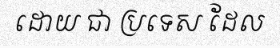
ដោយ ជា ប្រទេស ដែល